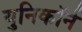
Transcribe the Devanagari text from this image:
युनिकॉर्न